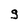
Character: g